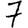
Digit: 7